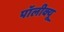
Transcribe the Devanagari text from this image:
पॉलीक्यू